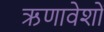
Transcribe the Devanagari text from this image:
ऋणावेशों